Document type: Act of concord
Year: 1255
Scribe: Pere de Terme
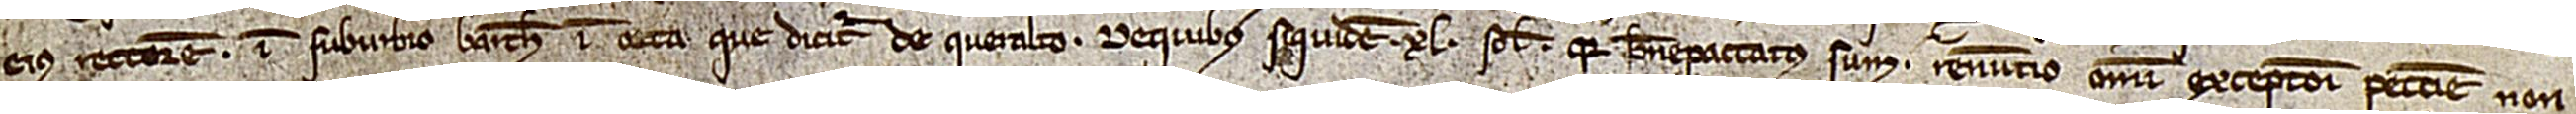
eius rectorem; in suburbio Barchinone, in orta que dicitur de Queralto. De quibus siquidem XL solidis, quia bene paccatus sum, renuntio omni exceptioni peccunie non